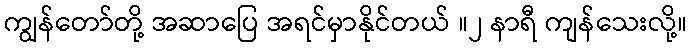
ကျွန်တော်တို့ အဆာပြေ အရင်မှာနိုင်တယ် ။၂ နာရီ ကျန်သေးလို့။